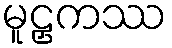
မူဠှကဿ